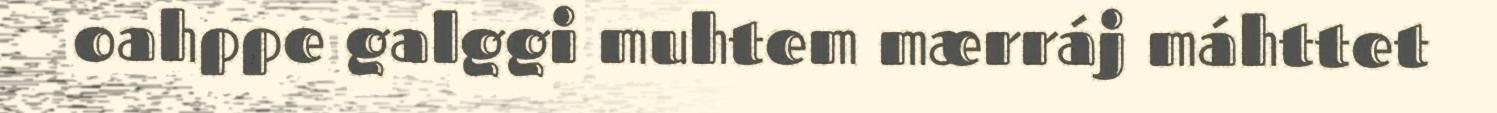
oahppe galggi muhtem mærráj máhttet